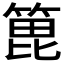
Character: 𫞾